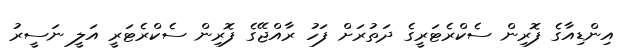
އިންޑިއާގެ ފޮރިން ސެކްރެޓަރީގެ ދަތުރަށް ފަހު ރާއްޖޭގެ ފޮރިން ސެކްރެޓަރީ އަލީ ނަސީރު